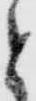
と